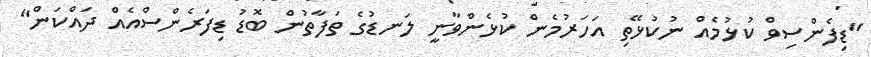
"ޑިފެންސިވް ކުޅުމެއް ނުކުޅޭތި އަހަރުމެން ކުޅެންވާނީ ލަނޑުގެ ތަފާތުން ބޮޑު ޑިފަރެންސްއެއް ދައްކަން"